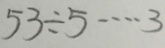
5 3 \div 5 \cdots 3